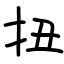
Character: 扭